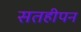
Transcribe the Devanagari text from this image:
सतहीपन